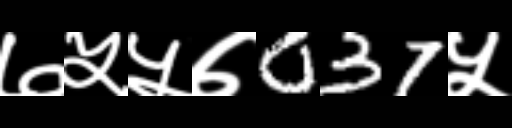
Text: ७५५७037५